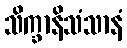
သိက္ခာနိသံသာနံ